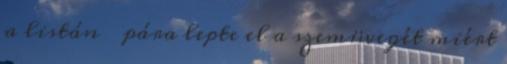
a listán � pára lepte el a szemüvegét miért